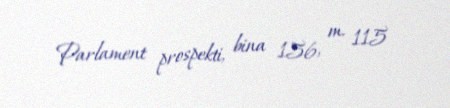
Parlament prospekti, bina 156, m. 115